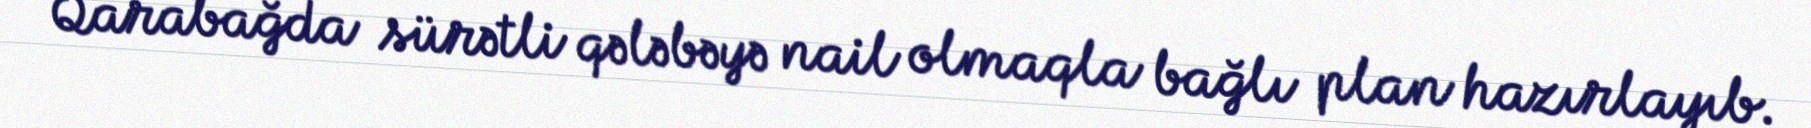
Qarabağda sürətli qələbəyə nail olmaqla bağlı plan hazırlayıb.